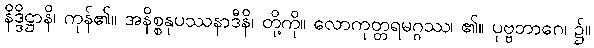
နိဒ္ဒိဋ္ဌာနိ၊ ကုန်၏။ အနိစ္စနုပဿနာဒီနိ၊ တို့ကို။ လောကုတ္တရမဂ္ဂဿ၊ ၏။ ပုဗ္ဗဘာဂေ၊ ၌။